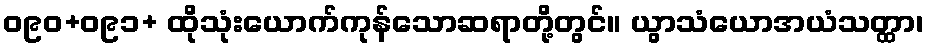
ဝ၉၀+ဝ၉၁+ ထိုသုံးယောက်ကုန်သောဆရာတို့တွင်။ ယွာသံယောအယံသတ္ထာ၊